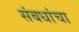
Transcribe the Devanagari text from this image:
संबधांचा